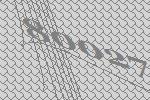
80027